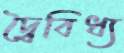
দ্বৈবিধ্য